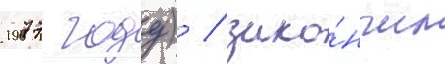
1977 году) / зако́нчил